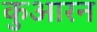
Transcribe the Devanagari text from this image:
कुआरन